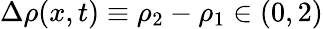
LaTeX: \Delta\rho(x,t)\equiv\rho_{2}-\rho_{1}\in(0,2)